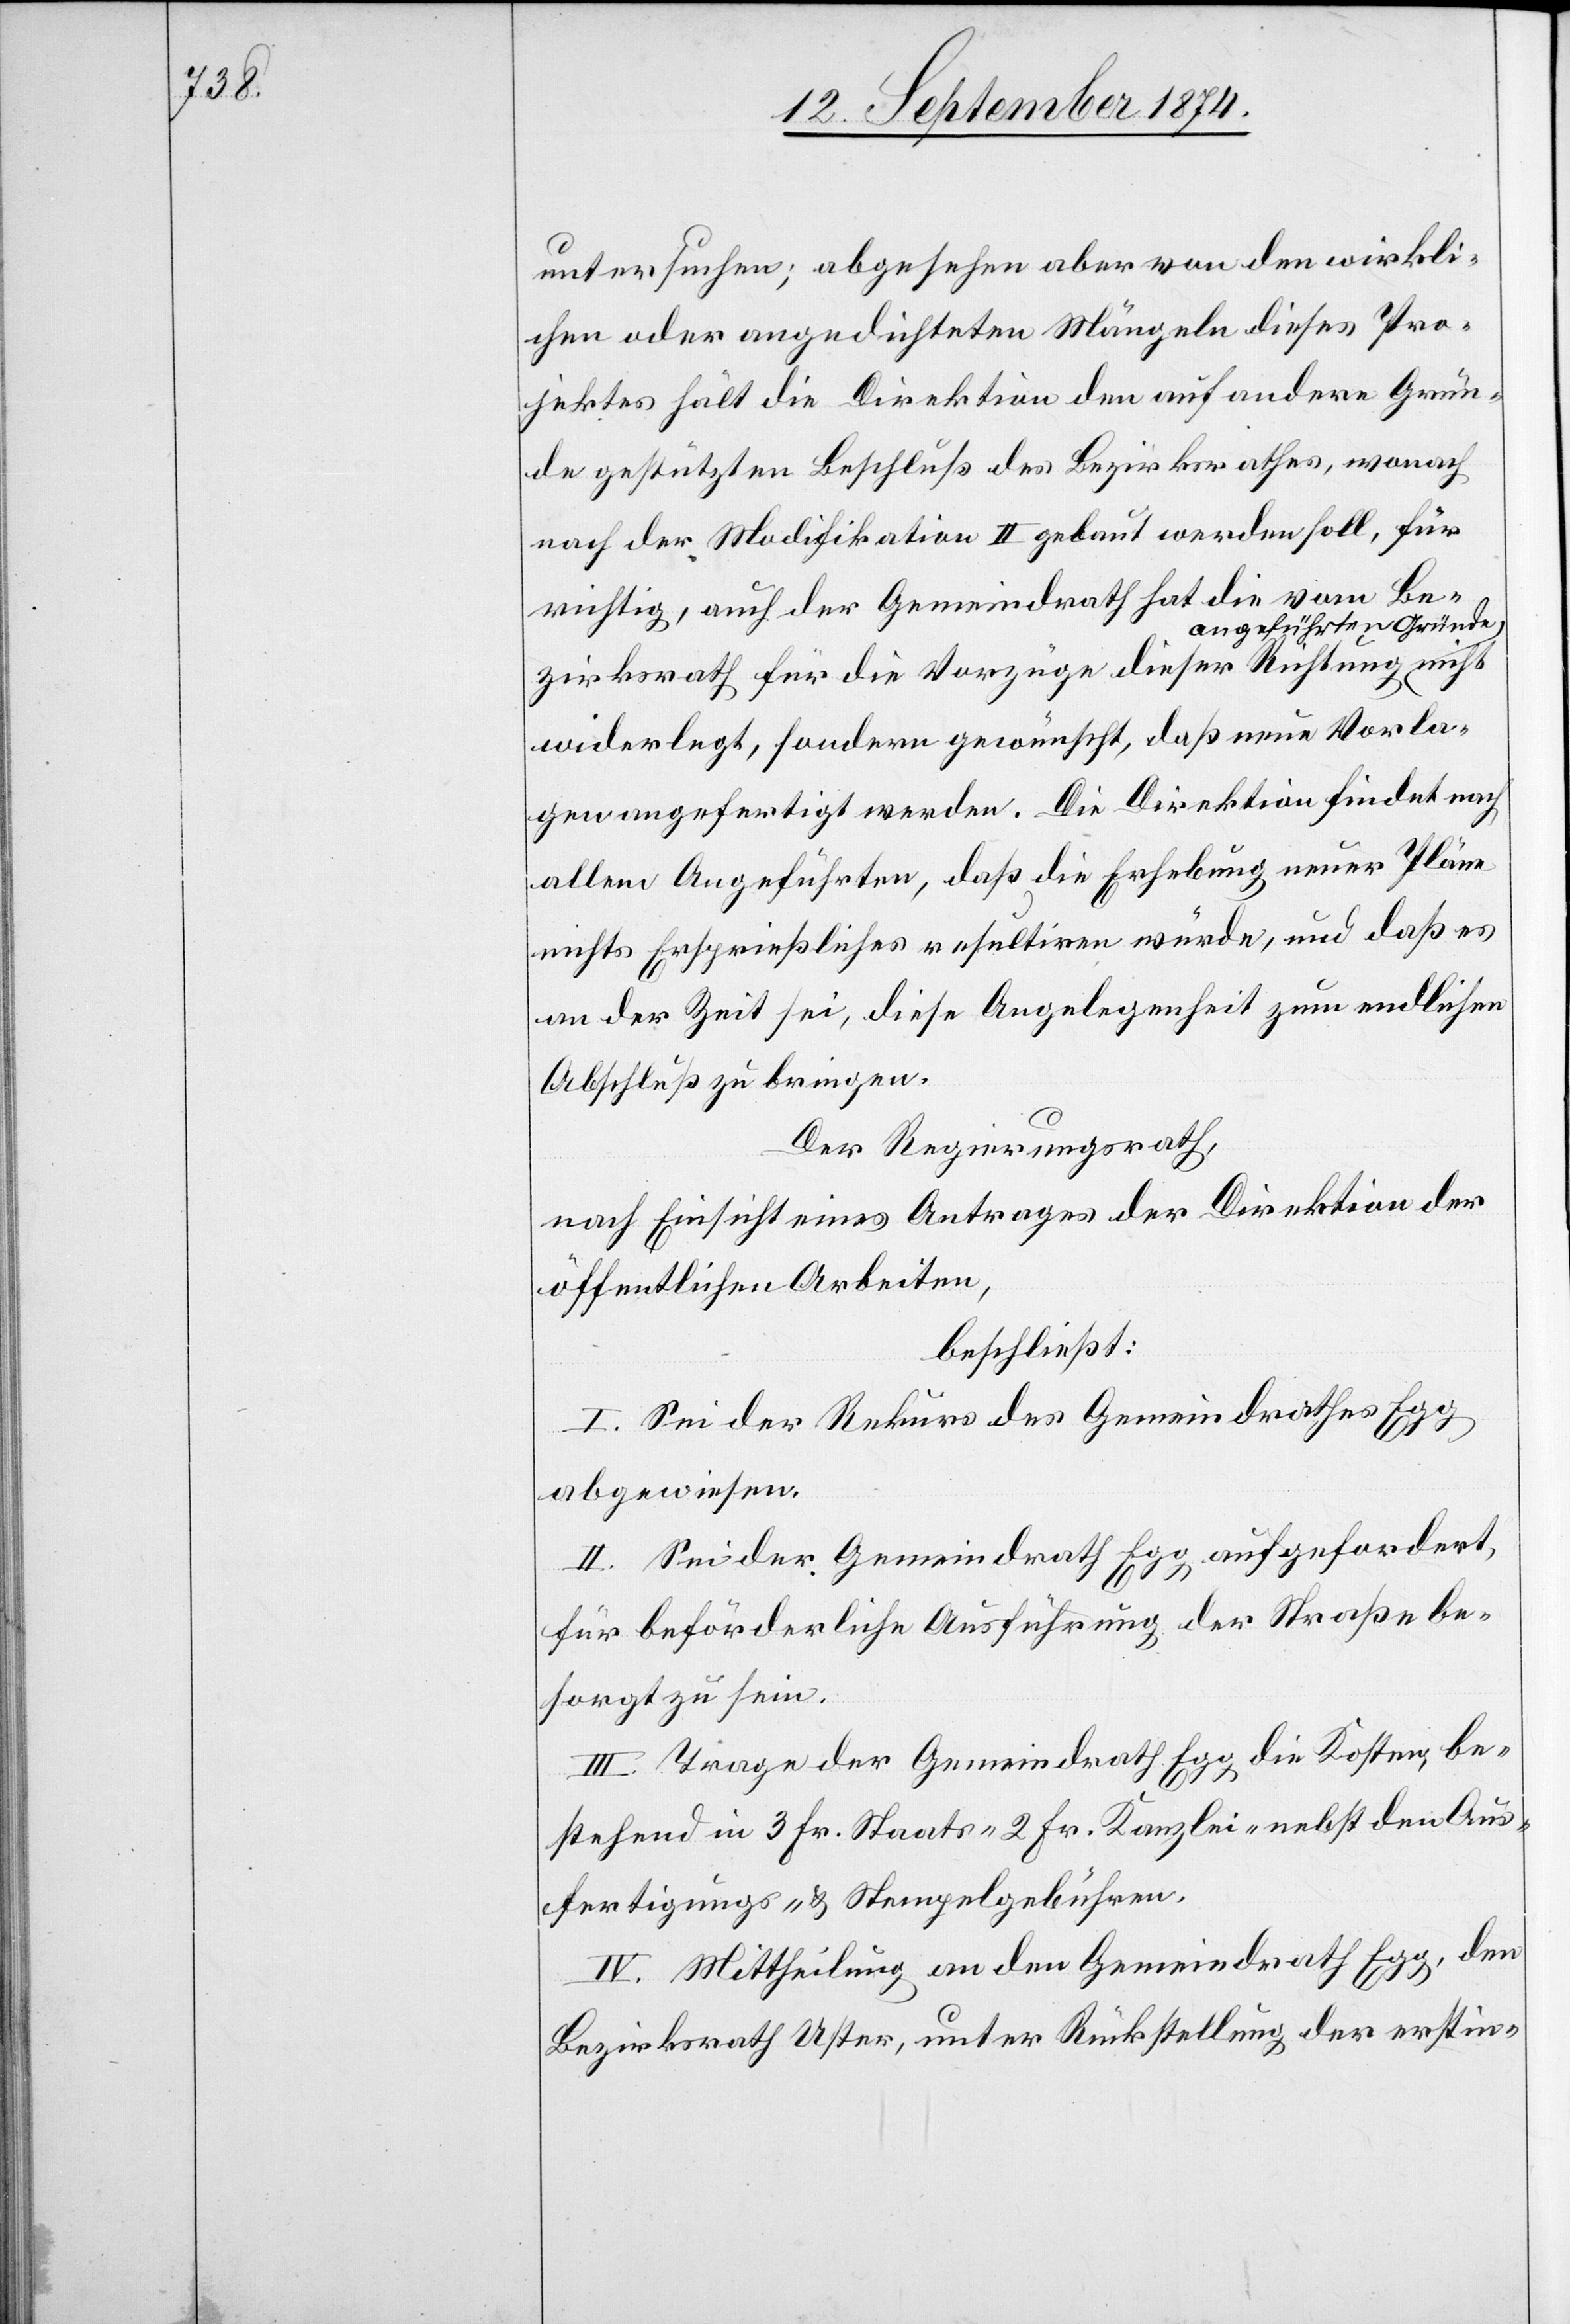
untersuchen; abgesehen aber von den wirkli¬
chen oder angedichteten Mängeln dieses Pro¬
jektes hält die Direktion den auf andere Grün¬
de gestützten Beschluß des Bezirksrathes, wonach
nach der Modifikation II gebaut werden soll, für
richtig, auch der Gemeindrath hat die vom Be¬
ngeführten Gründe-a
zirksrath für die Vorzüge dieser Richtung a-a¬
widerlegt, sondern gewünscht, daß neue Vorla¬
gen angefertigt werden. Die Direktion findet nach
allem Angeführten, daß die Erhebung neuer Pläne
nichts Ersprießliches resultiren würde, und daß es
an der Zeit sei, diese Angelegenheit zum endlichen
Abschluß zu bringen.
Der Regierungsrath,
nach Einsicht eines Antrages der Direktion der
öffentlichen Arbeiten,
beschließt:
I. Sei der Rekurs des Gemeindrathes Egg
abgewiesen.
II. Sei der Gemeindrath Egg aufgefordert,
für beförderliche Ausführung der Straße be¬
sorgt zu sein.
III. Trage der Gemeindrath Egg die Kosten, be¬
stehend in 3 Fr. Staats- [,] 2 Fr. Kanzlei- nebst den Aus¬
fertigungs- u. Stempelgebühren.
IV. Mittheilung an den Gemeindrath Egg, den
Bezirksrath Uster, unter Rückstellung der erstin-